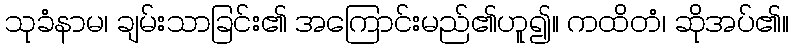
သုခံနာမ၊ ချမ်းသာခြင်း၏ အကြောင်းမည်၏ဟူ၍။ ကထိတံ၊ ဆိုအပ်၏။